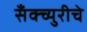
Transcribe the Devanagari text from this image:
सॅंक्च्युरीचे